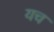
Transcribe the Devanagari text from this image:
यच